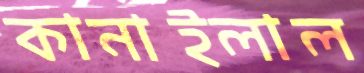
কানাইলাল